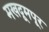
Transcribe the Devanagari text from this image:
मखदूमपूर